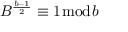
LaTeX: B ^ { \frac { b - 1 } { 2 } } \equiv 1 { \bmod { b } }